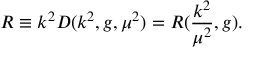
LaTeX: R \equiv k ^ { 2 } D ( k ^ { 2 } , g , { \mu } ^ { 2 } ) = R ( \frac { k ^ { 2 } } { { \mu } ^ { 2 } } , g ) .